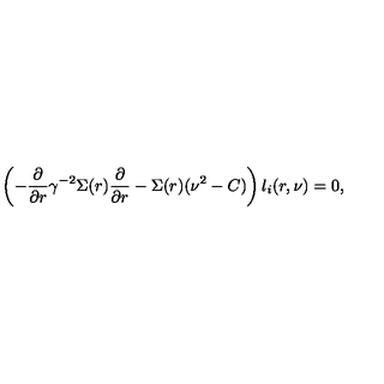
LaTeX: \left( - \frac { \partial } { \partial r } \gamma ^ { - 2 } \Sigma ( r ) \frac { \partial } { \partial r } - \Sigma ( r ) ( \nu ^ { 2 } - C ) \right) l _ { i } ( r , \nu ) = 0 ,